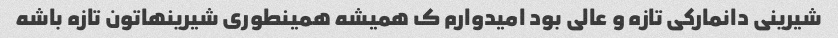
شیرینی دانمارکی تازه و عالی بود امیدوارم ک همیشه همینطوری شیرینهاتون تازه باشه